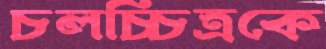
চলচ্চিত্রকে